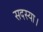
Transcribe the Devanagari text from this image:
सदस्या।